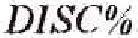
DISC%